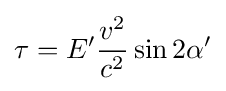
\tau =E'{\frac {v^{2}}{c^{2}}}\sin 2\alpha '